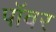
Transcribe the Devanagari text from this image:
पाॅवर